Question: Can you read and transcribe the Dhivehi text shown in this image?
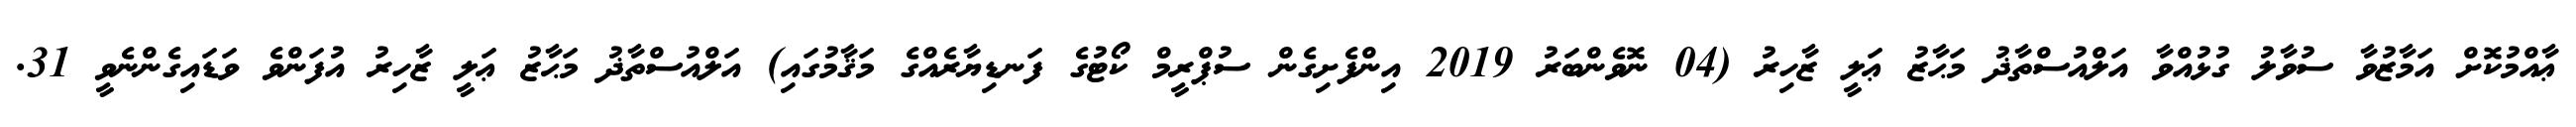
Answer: ޢާއްމުކޮށް އަމާޒުވާ ސުވާލު ގުޅުއްވާ އަލްއުސްތާޛު މަޙާޒު ޢަލީ ޒާހިރު (04 ނޮވެންބަރު 2019 އިންފެށިގެން ސުޕްރީމް ކޯޓުގެ ފަނޑިޔާރެއްގެ މަޤާމުގައި) އަލްއުސްތާޛު މަޙާޒު ޢަލީ ޒާހިރު އުފަންވެ ވަޑައިގެންނެވީ 31.